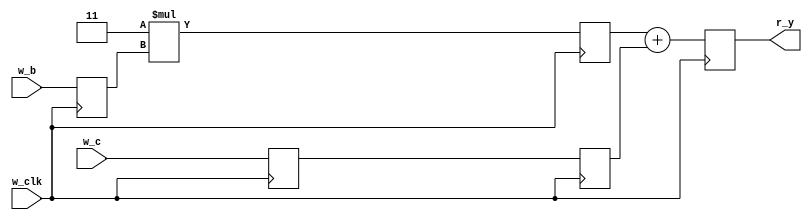
module m_madd_pipe(w_clk, w_b, w_c, r_y);
  input wire w_clk;
  input wire [15:0] w_b;
  input wire [31:0] w_c;
  output reg [31:0] r_y = 0;
  reg [15:0] r_b = 0;
  reg [31:0] r_c = 0, r_d = 0, r_e = 0;
  always @(posedge w_clk) begin
    r_b <= w_b;
    r_c <= w_c;
    r_d <= 16'd3 * r_b;
    r_e <= r_c;
    r_y <= r_d + r_e;
  end
endmodule